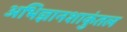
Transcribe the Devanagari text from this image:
अभिज्ञानशाकुंतल